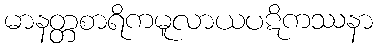
မာနတ္တစာရိကမူလာယပဋိကဿနာ